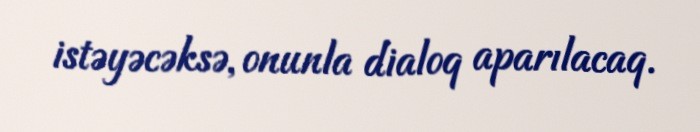
istəyəcəksə, onunla dialoq aparılacaq.